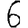
Digit: 6